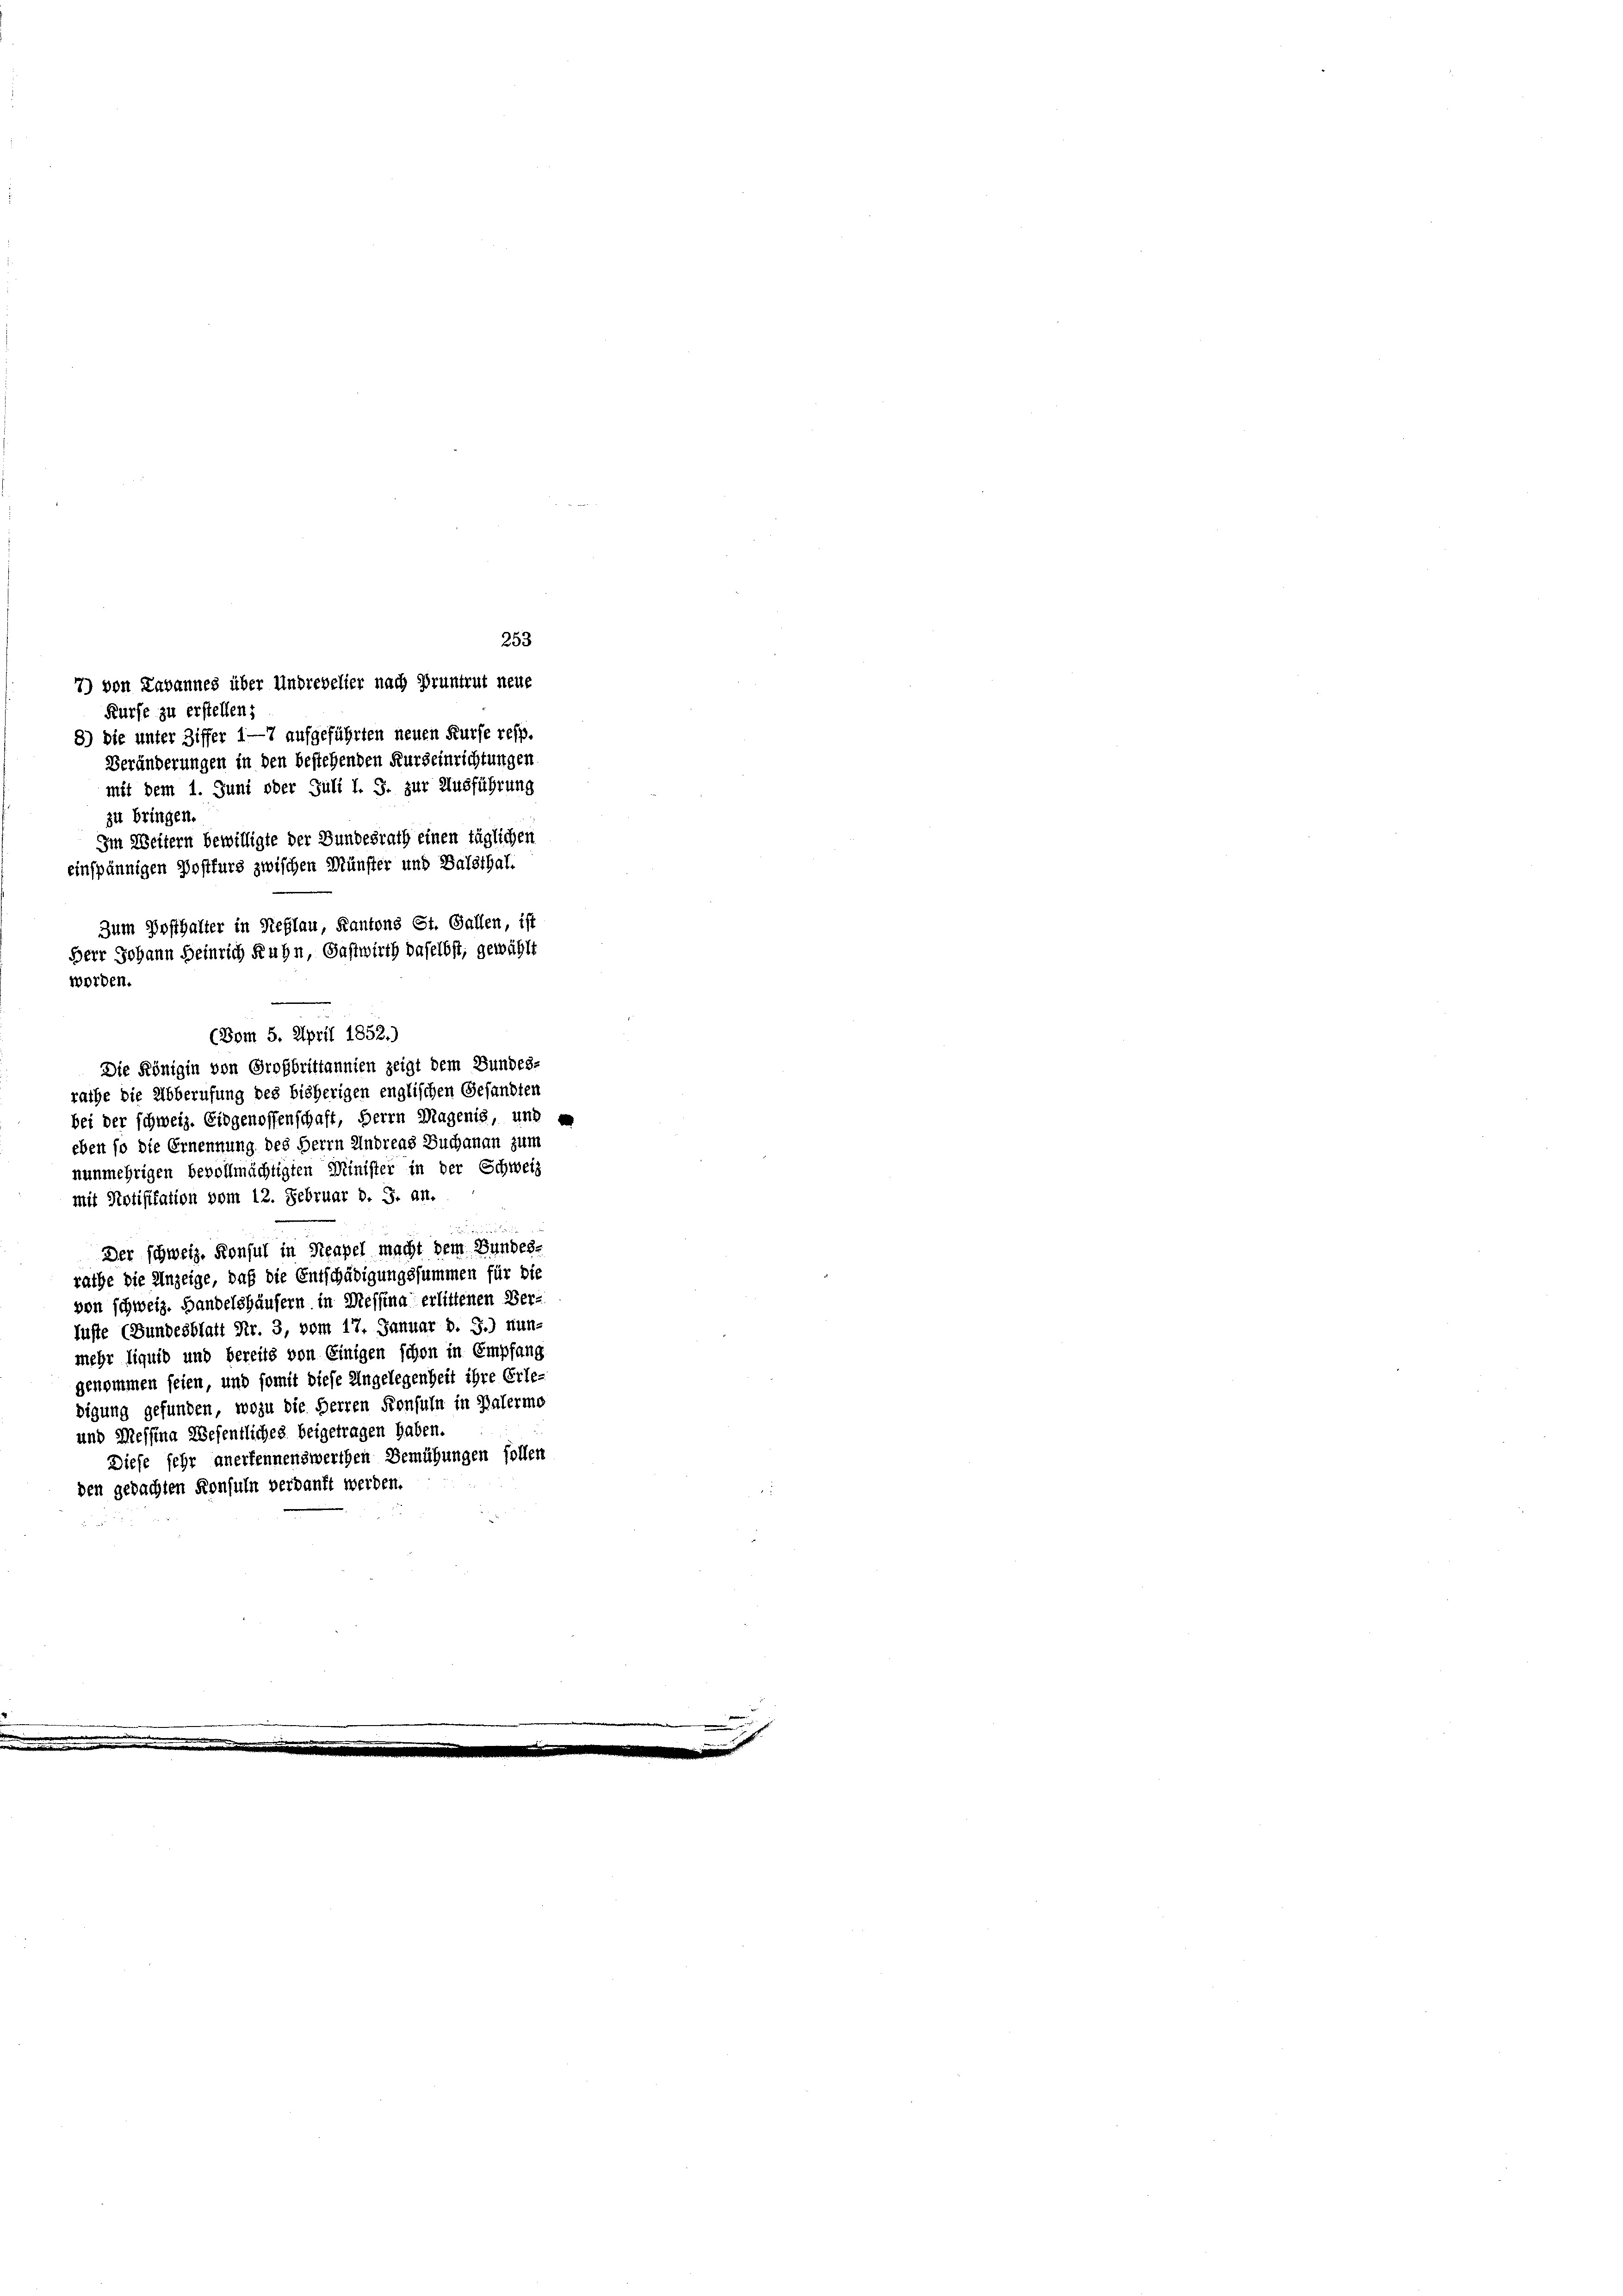
Zum Posthalter in Reflau, Kantons St. Gallen, ist
Herr Johann Heinrich Ruhn, Gastwirth daselbst, gewählt
worden.
e
(Vom 5. April 1852.)
Die Königin von Großbrittannien zeigt dem Bundes-
rathe die Abberufung des bisherigen englischen Gesandten
bei der schweiz. Eidgenossenschaft, Herrn Magenis, und e

Kürfe zu erstellen;
8) Die unter Ziffer 1—7 aufgeführten neuen Kurse resp.
Veränderungen in den bestehenden Kurseinrichtungen
mit dem 1. Juni oder Juli l. J. zur Ausführung
zu bringen.
Im Weitern bewilligte der Bundesrath einen täglichen
einspännigen Postfurs zwischen Münster und Balsthal-

7) von Labannes über Andrevelier nach Bruntrut neue

eben so die Ernennung des Herrn Andreas Buchanau zum
nunmehrigen bevollmächtigten Minister in der Schweiz
e
Der schweiz. Konsul in Neapel macht dem Bundes-
rathe die Anzeige, daß die Entschädigungssummen für die
von schweiz. Handelshäusern in Messina erlittenen Ver-
lufte (Bundesblatt Nr. 3, vom 17. Januar d. J.) nun-
mehr liquid und bereits von Einigen schon in Empfang
genommen seien, und somit diese Angelegenheit ihre Erle-
digung gefunden, wozu die Herren Konsuln in Palermo
und Messina Wesentliches beigetragen haben.
Diese sehr anerkennenswerthen Bemühungen sollen
den gedachten Konsuln verdauft werden.

mit Notifikation vom 12. Februar d. J. an.

253